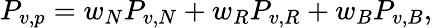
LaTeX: P_{v,p}=w_{N}P_{v,N}+w_{R}P_{v,R}+w_{B}P_{v,B},